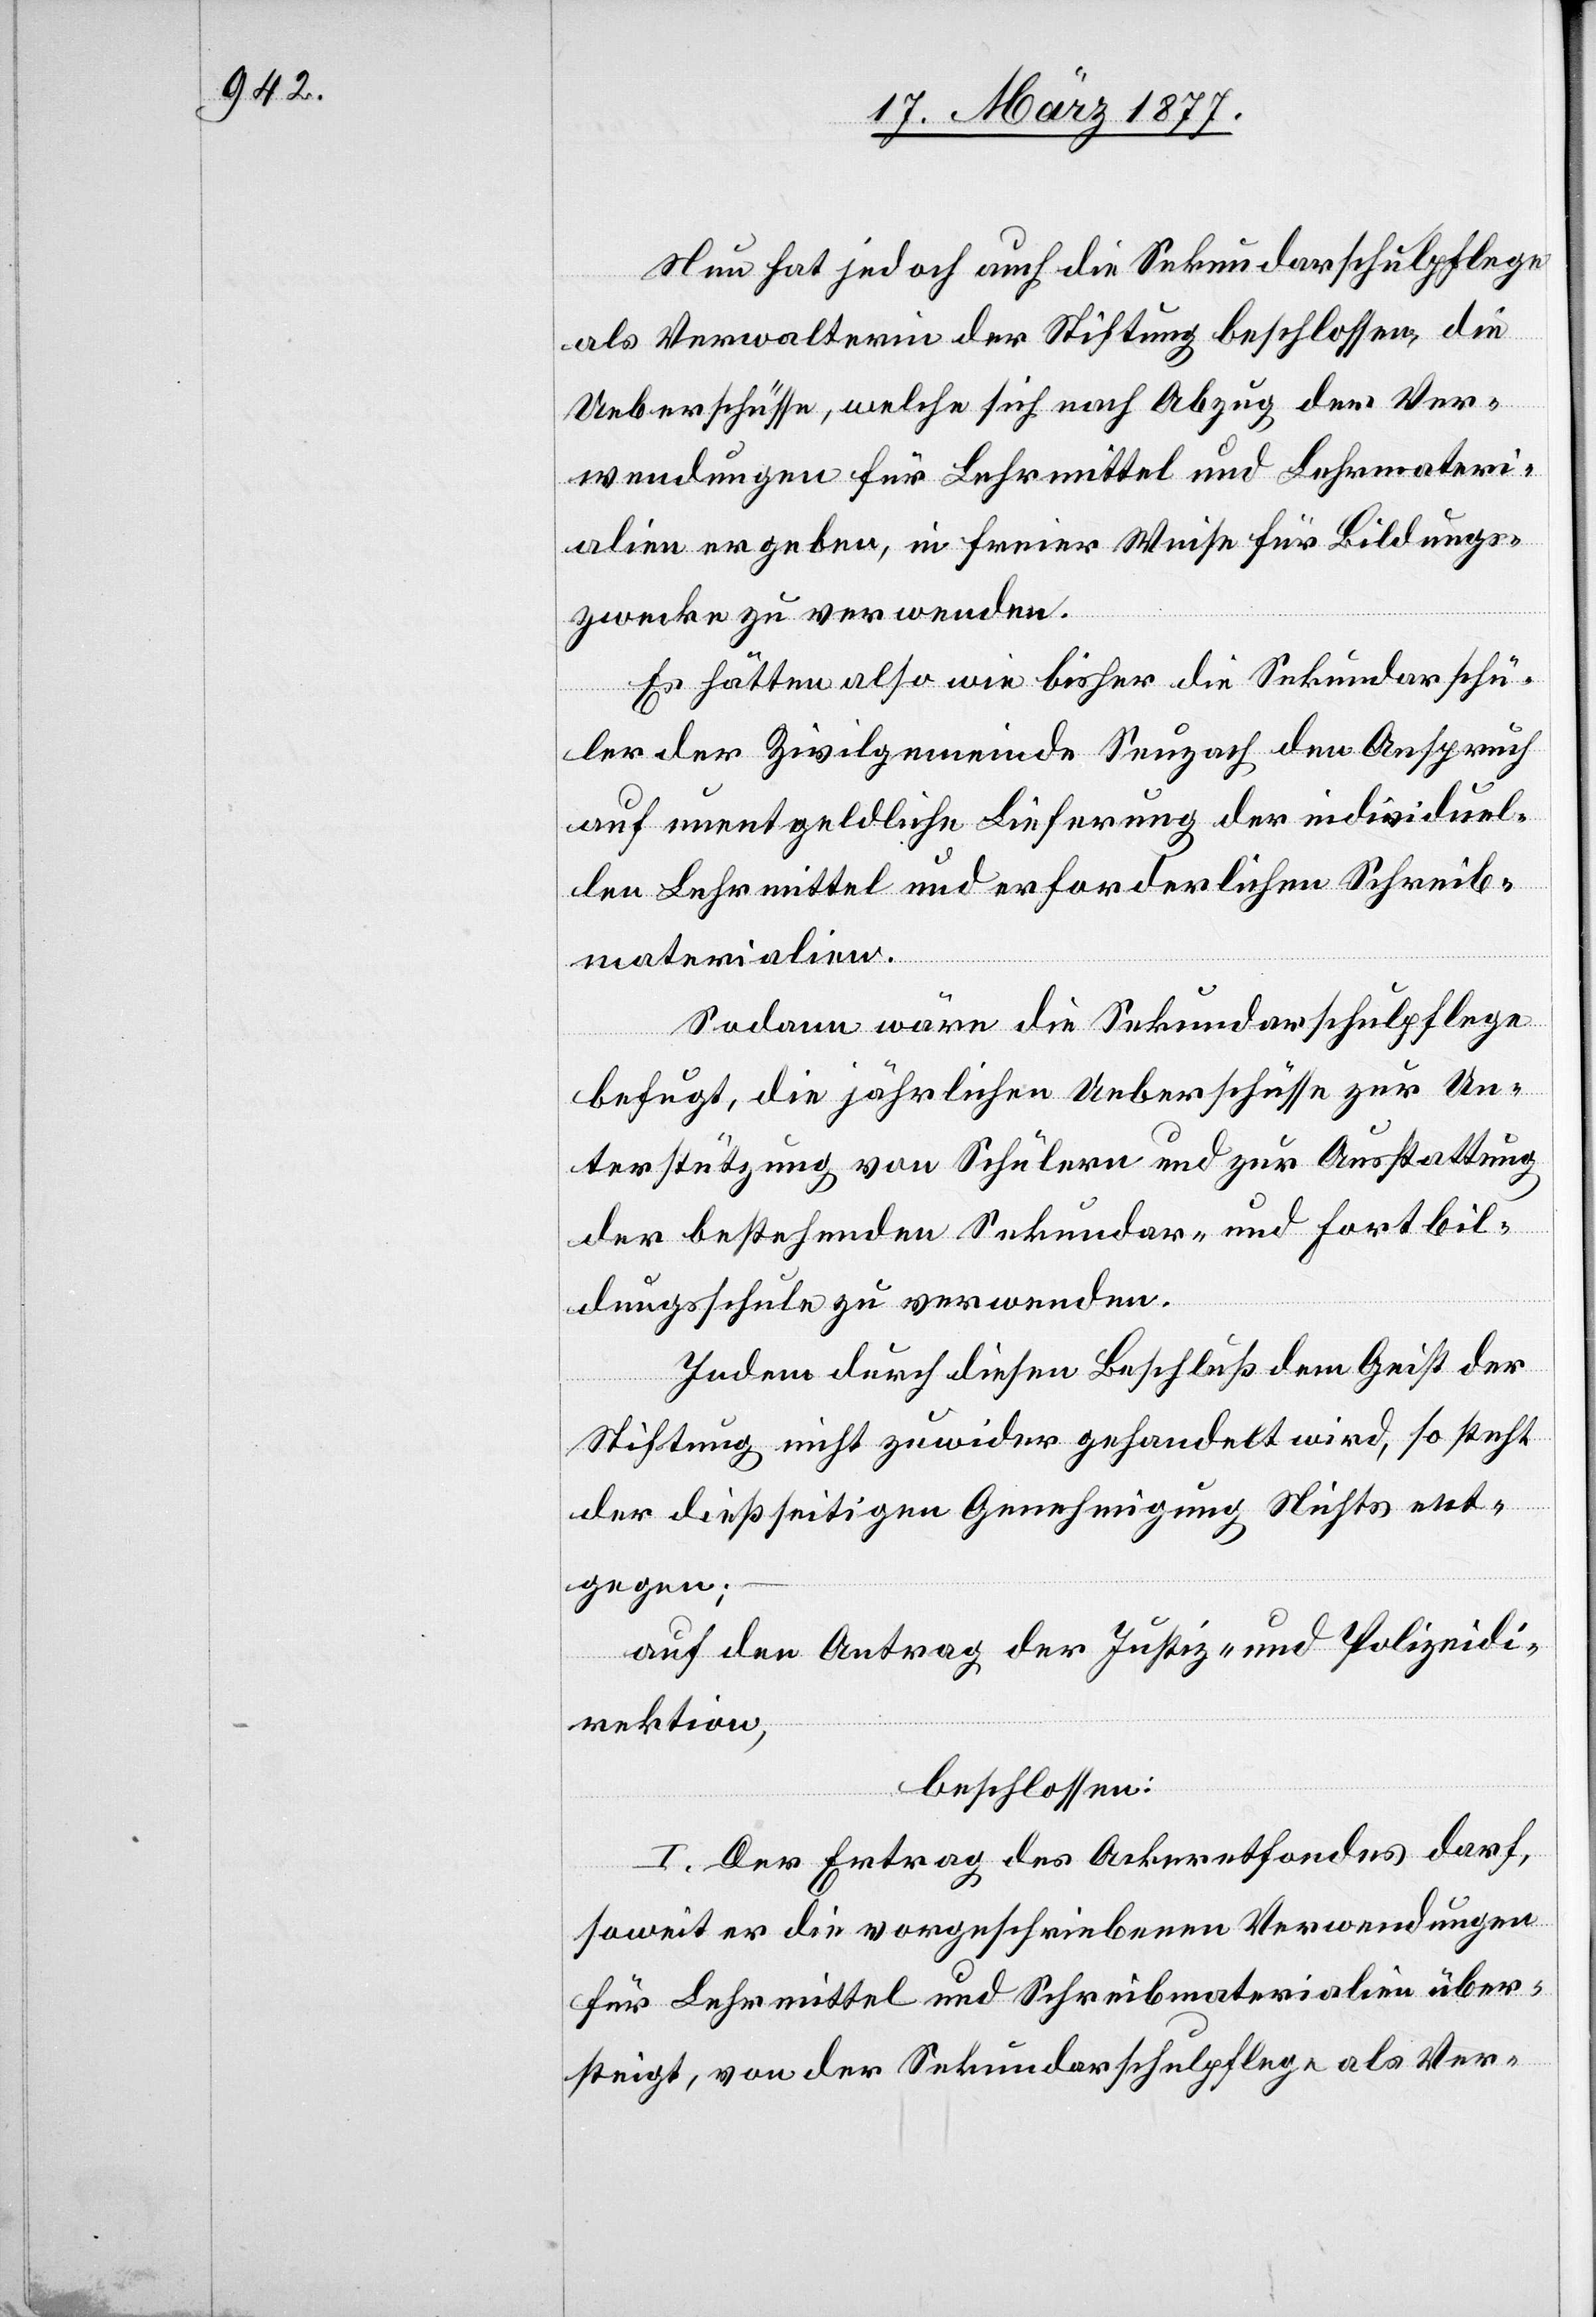
Nun hat jedoch auch die Sekundarschulpflege
als Verwalterin der Stiftung beschlossen, die
Ueberschüsse, welche sich nach Abzug der Ver¬
wendungen für Lehrmittel und Lehrmateri¬
alien ergeben, in freier Weise für Bildungs¬
zwecke zu verwenden.
Es hätten also wie bisher die Sekundarschü¬
ler der Zivilgemeinde Seuzach den Anspruch
auf unentgeldliche Lieferung der individuel¬
len Lehrmittel und erforderlichen Schreib¬
materialien.
Sodann wäre die Sekundarschulpflege
befugt, die jährlichen Ueberschüsse zur Un¬
terstützung von Schülern und zur Ausstattung
der bestehenden Sekundar- und Fortbil¬
dungsschule zu verwenden.
Indem durch diesen Beschluß dem Geist der
Stiftung nicht zuwider gehandelt wird, so steht
der dießseitigen Genehmigung Nichts ent¬
gegen;
auf den Antrag der Justiz- und Polizeidi¬
rektion,
beschlossen:
I. Der Ertrag des Ackeretfondes darf,
soweit er die vorgeschriebenen Verwendungen
für Lehrmittel und Schreibmaterialien über¬
steigt, von der Sekundarschulpflege als Ver-